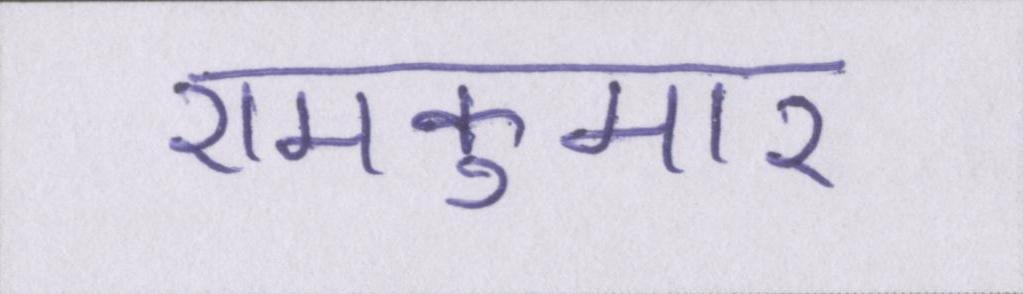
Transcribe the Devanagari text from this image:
रामकुमार